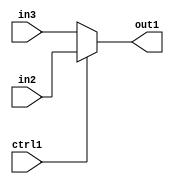
`timescale 1ps / 1ps
/*****************************************************************************
    Verilog RTL Description
    
    
    Created by: CellMath Designer 2019.1.01 
*******************************************************************************/

module fp_cmp_N_Mux_23_2_7_4_2 (
	in3,
	in2,
	ctrl1,
	out1
	); /* architecture "behavioural" */ 
input [22:0] in3,
	in2;
input  ctrl1;
output [22:0] out1;
wire [22:0] asc001;

reg [22:0] asc001_tmp_0;
assign asc001 = asc001_tmp_0;
always @ (ctrl1 or in2 or in3) begin
	case (ctrl1)
		1'B1 : asc001_tmp_0 = in2 ;
		default : asc001_tmp_0 = in3 ;
	endcase
end

assign out1 = asc001;
endmodule

/* CADENCE  uLT4SQo= : u9/ySgnWtBlWxVPRXgAZ4Og= ** DO NOT EDIT THIS LINE ******/